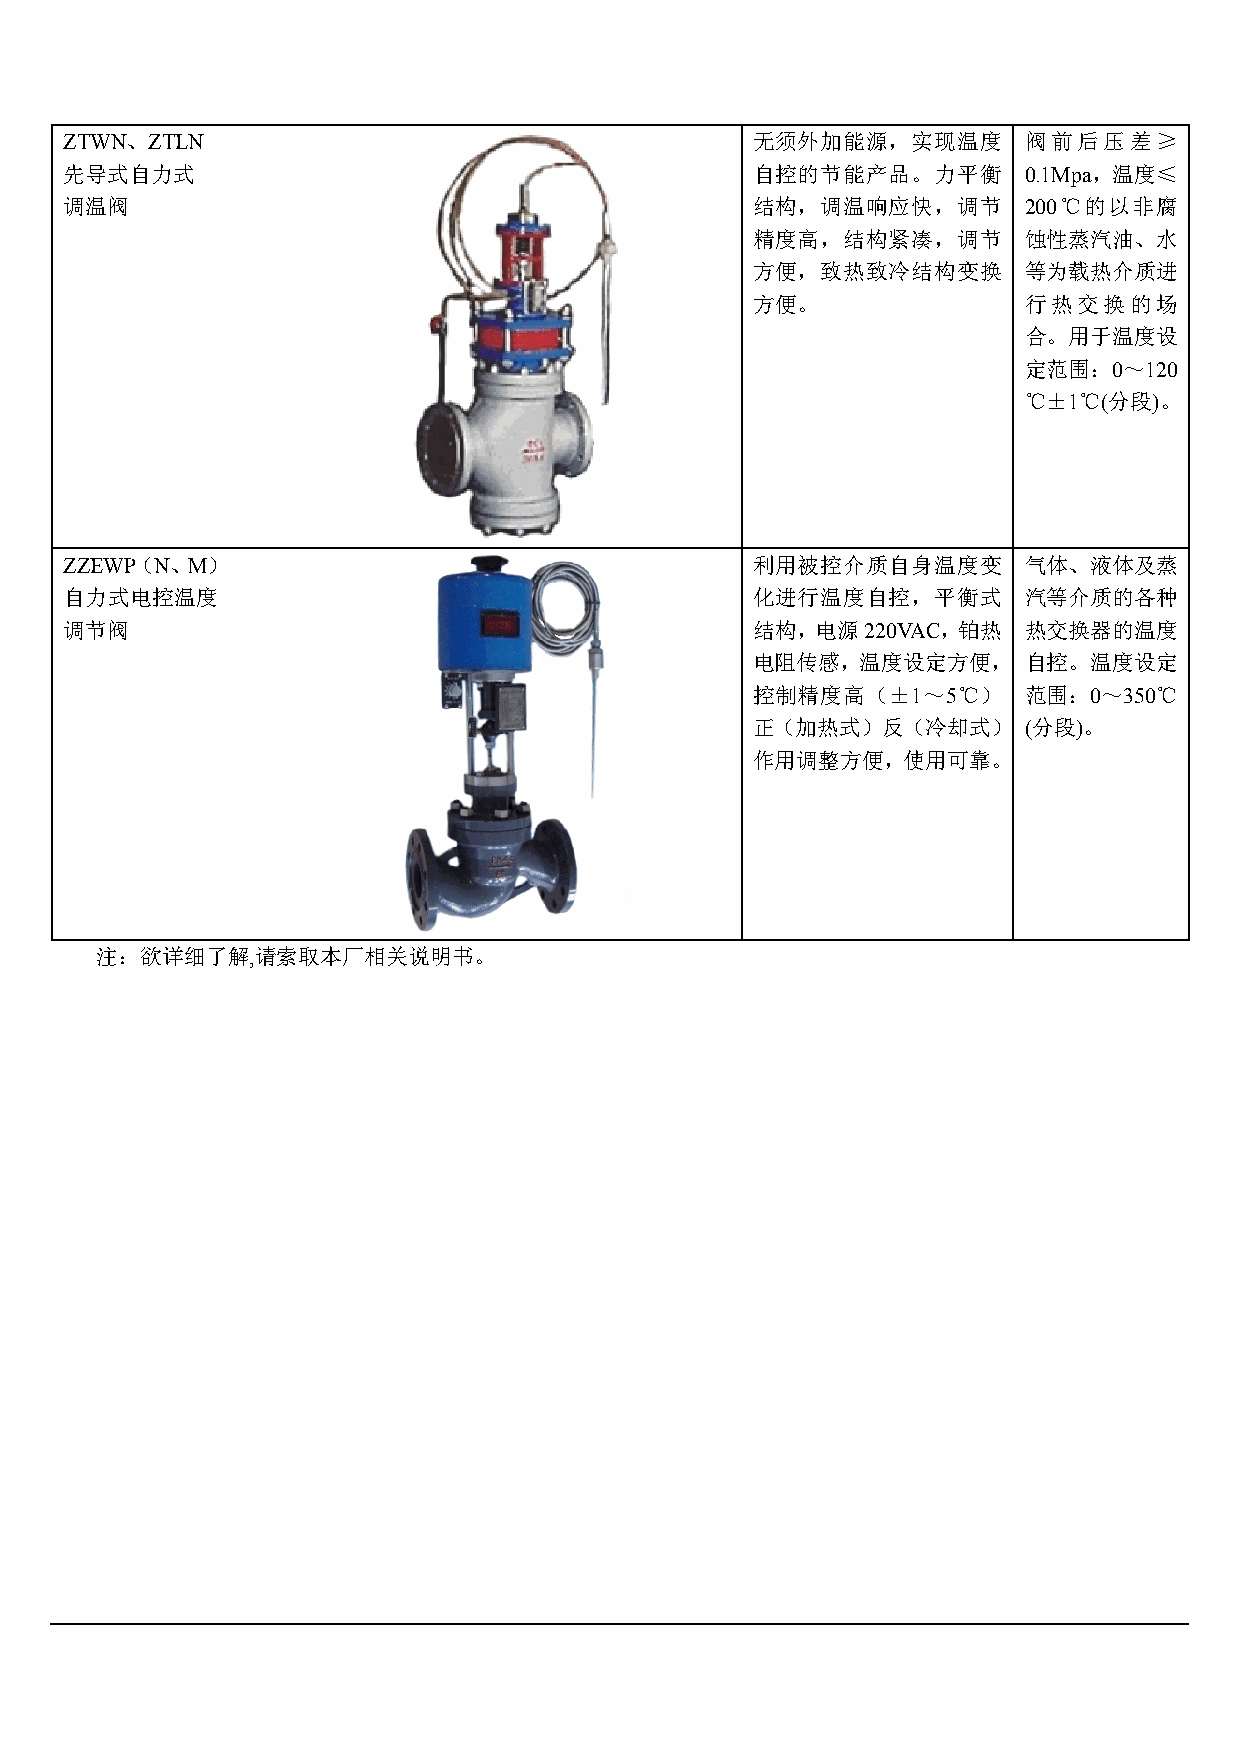
ZTWN、ZTLN                                     无须外加能源，实现温度       阀前后压差≥
 先导式自力式                                        自控的节能产品。力平衡       0.1Mpa，温度≤
 调温阀                                           结构，调温响应快，调节       200℃的以非腐
 精度高，结构紧凑，调节       蚀性蒸汽油、水
 方便，致热致冷结构变换       等为载热介质进
 方便。               行热交换的场
 合。用于温度设
 定范围：0～120
 ℃±1℃(分段)。
 ZZEWP（N、M）                                    利用被控介质自身温度变       气体、液体及蒸
 自力式电控温度                                       化进行温度自控，平衡式       汽等介质的各种
 调节阀                                           结构，电源220VAC，铂热    热交换器的温度
 电阻传感，温度设定方便，      自控。温度设定
 控制精度高（±1～5℃）      范围：0～350℃
 正（加热式）反（冷却式）      (分段)。
 作用调整方便，使用可靠。
 注：欲详细了解,请索取本厂相关说明书。